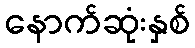
နောက်ဆုံးနှစ်